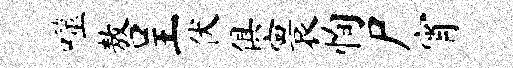
噬敖呈伏俱寰恂尸宵